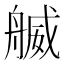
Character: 𦩬